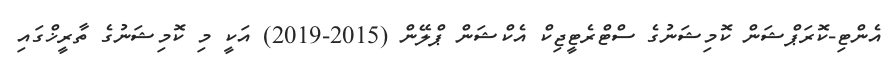
އެންޓި-ކޮރަޕްޝަން ކޮމިޝަނުގެ ސްޓްރެޓީޖިކް އެކްޝަން ޕްލޭން (2015-2019) އަކީ މި ކޮމިޝަނުގެ ތާރީޚްގައި